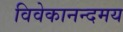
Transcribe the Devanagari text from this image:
विवेकानन्दमय